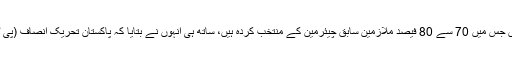
ان کا کہنا تھا کہ 'نیب کو لگام دینے کی ضرورت ہے، آپ اس نیب سے کیا امید رکھتے ہیں جس میں 70 سے 80 فیصد ملازمین سابق چیئرمین کے منتخب کردہ ہیں، ساتھ ہی انہوں نے بتایا کہ پاکستان تحریک انصاف (پی ٹی آئی) نے یہ کیسز نہیں بنائے اور حکومت نیب کے معاملات میں مداخلت نہیں کرسکتی'۔